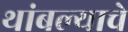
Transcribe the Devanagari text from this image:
थांबल्याचे